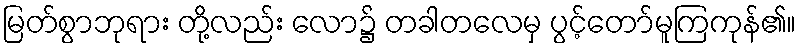
မြတ်စွာဘုရား တို့လည်း လော၌ တခါတလေမှ ပွင့်တော်မူကြကုန်၏။